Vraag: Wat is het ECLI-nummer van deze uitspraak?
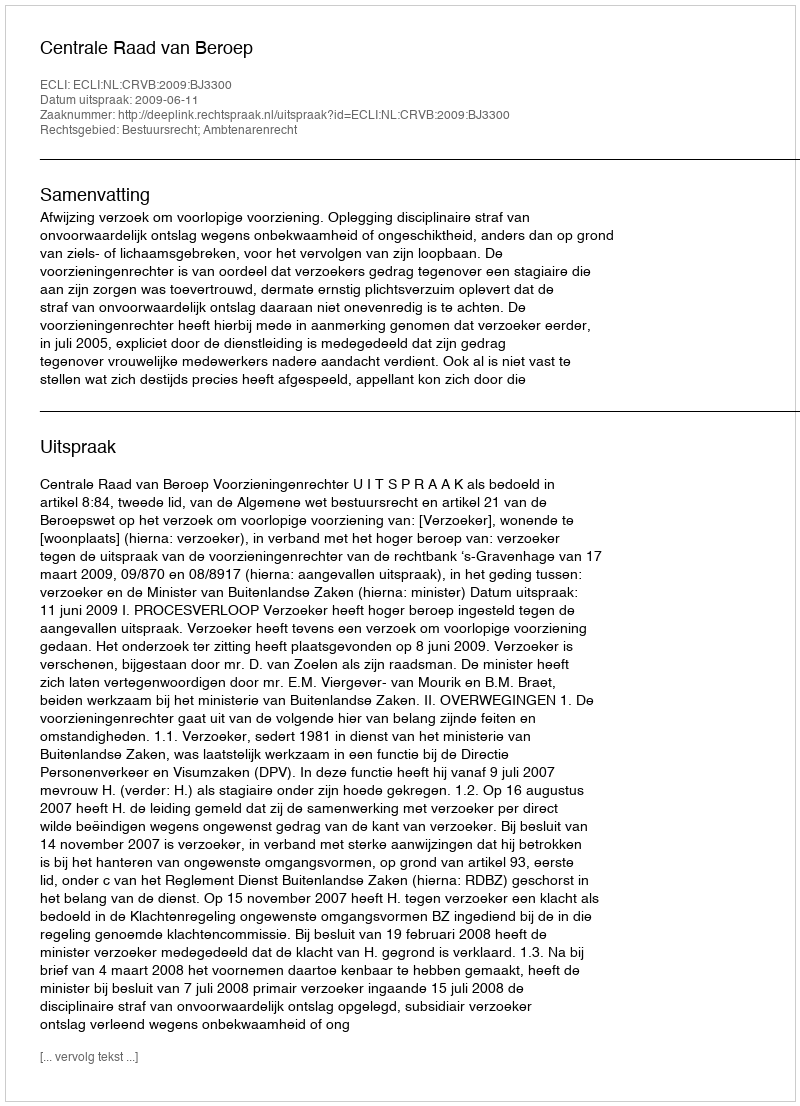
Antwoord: ECLI:NL:CRVB:2009:BJ3300